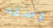
وصفه